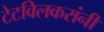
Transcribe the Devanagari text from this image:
टेटविलकरांनी